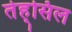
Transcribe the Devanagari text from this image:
तेह्सिल